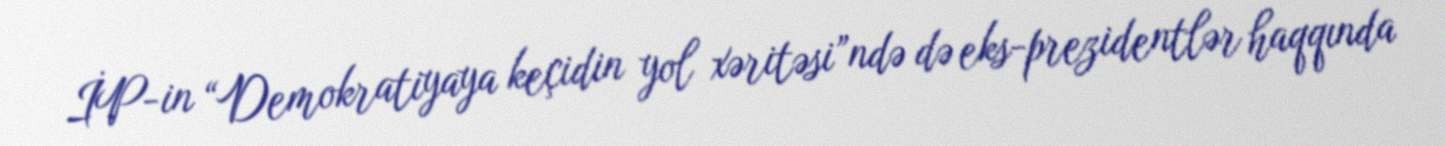
İP-in “Demokratiyaya keçidin yol xəritəsi”ndə də eks-prezidentlər haqqında